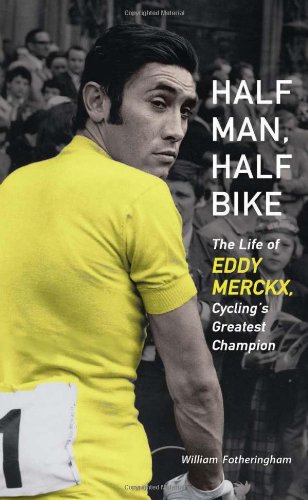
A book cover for Half Man, Half Bike: The Life of Eddy Merckx, Cycling's Greatest Champion; William Fotheringham; Sports & Outdoors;